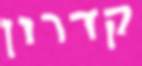
קדרון